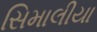
સિમાલીયા